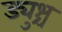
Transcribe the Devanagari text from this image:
ड्युश्च